Vaccination in Bombay 1924-1928 - 1924-1928
Year: 1924
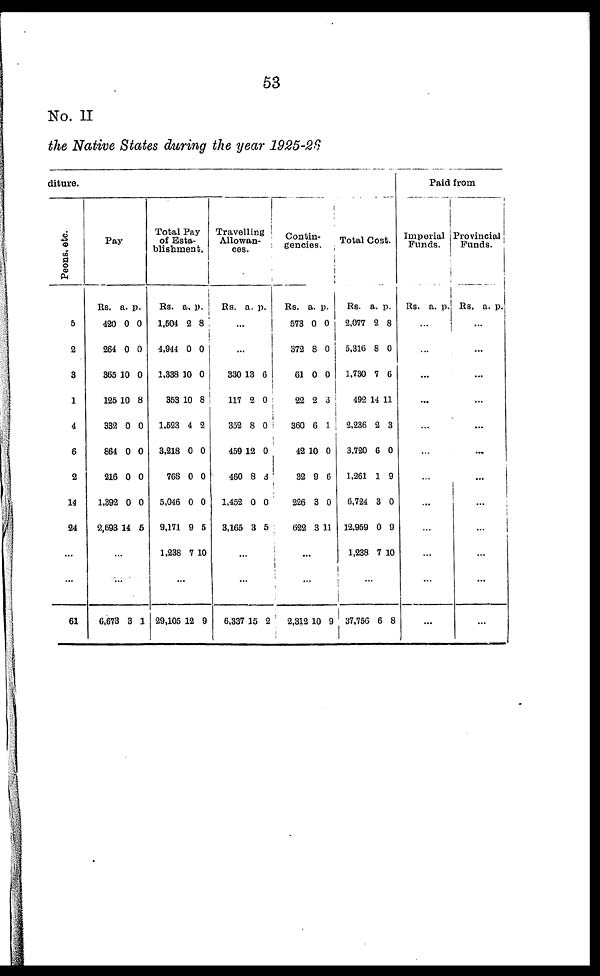
53
No. II
the Native States during the year 1925-26
diture.
Peons, etc.
5
2
3
1
4
6
2
14
24
...
...
61
Pay
Rs.
420
264
365
125
332
864
216
1,392
2,693
a.
0
0
10
10
0
0
0
0
14
p.
0
0
0
8
0
0
0
0
5
...
...
6,673 3 1
Total Pay
of Esta¬
blishment.
Rs.
1,504
4,944
1,338
353
1,523
3,218
768
5,046
9,171
1,238
a.
2
0
10
10
4
0
0
0
9
7
p.
8
0
0
8
2
0
0
0
5
10
...
29,105 12 9
Travelling
Allowan-
ces.
Rs. a. p.
...
...
330
117
352
459
460
1,452
3,165
13
2
8
12
8
0
3
6
0
0
0
3
0
5
...
...
6,337 15 2
Contin-
gencies.
Rs.
573
372
61
22
360
42
32
226
622
a.
0
8
0
2
6
10
9
3
3
p.
0
0
0
3
1
0
6
0
11
...
...
2,312 10 9
Total Cost.
Rs.
2,077
5,316
1,730
492
2,236
3,720
1,261
6,724
12,959
1,238
a.
2
8
7
14
2
6
1
3
0
7
p.
8
0
6
11
3
0
9
0
9
10
...
37,756 6 8
Paid from
Imperial
Funds.
Rs. a. p.
...
...
...
...
...
...
...
...
...
...
...
...
Provincial
Funds.
Rs. a. p.
...
...
...
...
...
...
...
...
...
...
...
...